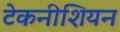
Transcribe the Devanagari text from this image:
टेकनीशियन